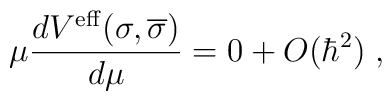
\mu \frac{dV^{\mathrm{eff}}(\sigma ,\overline{\sigma })}{d\mu }=0+O(\hbar^{2})\;,